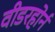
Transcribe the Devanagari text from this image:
वीडरहोर्न